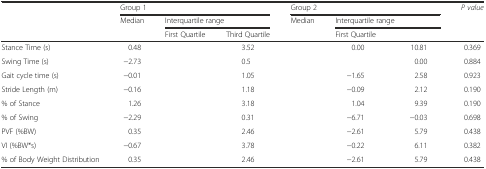
<table><thead><tr><td>[EMPTY_CELL]</td><td colspan="3"><b>Group 1</b></td><td colspan="3"><b>Group 2</b></td><td><b><i>P value</i></b></td></tr><tr><td>[EMPTY_CELL]</td><td><b>Median</b></td><td colspan="2"><b>Interquartile range</b></td><td><b>Median</b></td><td colspan="2"><b>Interquartile range</b></td><td>[EMPTY_CELL]</td></tr><tr><td>[EMPTY_CELL]</td><td>[EMPTY_CELL]</td><td><b>First Quartile</b></td><td><b>Third Quartile</b></td><td>[EMPTY_CELL]</td><td><b>First Quartile</b></td><td>[EMPTY_CELL]</td><td>[EMPTY_CELL]</td></tr></thead><tbody><tr><td>Stance Time (s)</td><td>0.48</td><td>[EMPTY_CELL]</td><td>3.52</td><td>[EMPTY_CELL]</td><td>0.00</td><td>10.81</td><td>0.369</td></tr><tr><td>Swing Time (s)</td><td>−2.73</td><td>[EMPTY_CELL]</td><td>0.5</td><td>[EMPTY_CELL]</td><td>[EMPTY_CELL]</td><td>0.00</td><td>0.884</td></tr><tr><td>Gait cycle time (s)</td><td>−0.01</td><td>[EMPTY_CELL]</td><td>1.05</td><td>[EMPTY_CELL]</td><td>−1.65</td><td>2.58</td><td>0.923</td></tr><tr><td>Stride Length (m)</td><td>−0.16</td><td>[EMPTY_CELL]</td><td>1.18</td><td>[EMPTY_CELL]</td><td>−0.09</td><td>2.12</td><td>0.190</td></tr><tr><td>% of Stance</td><td>1.26</td><td>[EMPTY_CELL]</td><td>3.18</td><td>[EMPTY_CELL]</td><td>1.04</td><td>9.39</td><td>0.190</td></tr><tr><td>% of Swing</td><td>−2.29</td><td>[EMPTY_CELL]</td><td>0.31</td><td>[EMPTY_CELL]</td><td>−6.71</td><td>−0.03</td><td>0.698</td></tr><tr><td>PVF (%BW)</td><td>0.35</td><td>[EMPTY_CELL]</td><td>2.46</td><td>[EMPTY_CELL]</td><td>−2.61</td><td>5.79</td><td>0.438</td></tr><tr><td>VI (%BW*s)</td><td>−0.67</td><td>[EMPTY_CELL]</td><td>3.78</td><td>[EMPTY_CELL]</td><td>−0.22</td><td>6.11</td><td>0.382</td></tr><tr><td>% of Body Weight Distribution</td><td>0.35</td><td>[EMPTY_CELL]</td><td>2.46</td><td>[EMPTY_CELL]</td><td>−2.61</td><td>5.79</td><td>0.438</td></tr></tbody></table>